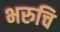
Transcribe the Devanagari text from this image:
भरुचि